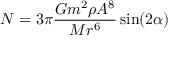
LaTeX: N = 3 \pi { \frac { G m ^ { 2 } \rho A ^ { 8 } } { M r ^ { 6 } } } \sin ( 2 \alpha )